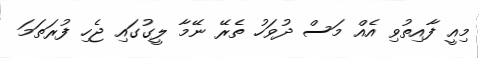
މިއީ ފާއިތުވި އެއް މަސް ދުވަހު ތެރޭ ނޭމާ ލީގުގައި ޖެހި ފުރަތަމަ